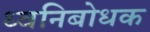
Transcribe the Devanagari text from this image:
ध्वनिबोधक